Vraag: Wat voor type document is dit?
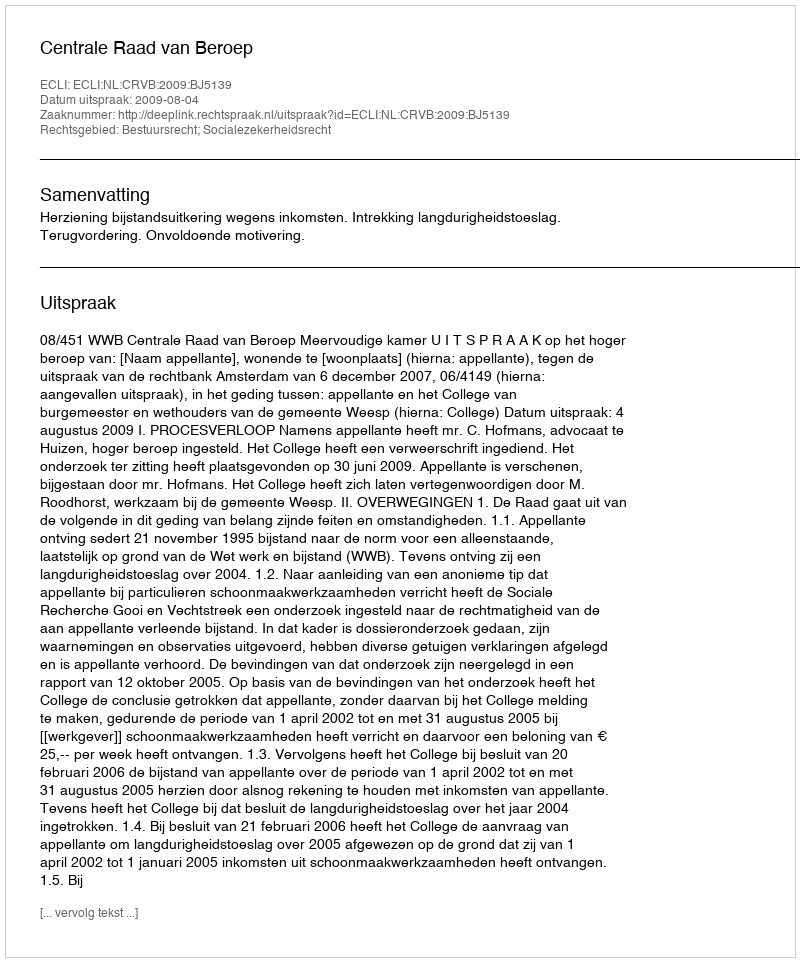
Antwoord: Uitspraak